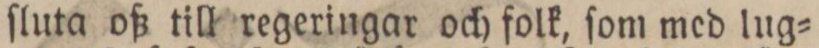
ſluta oß till regeringar och folk, ſom med lug=